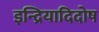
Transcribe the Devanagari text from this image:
इन्द्रियादिदोष